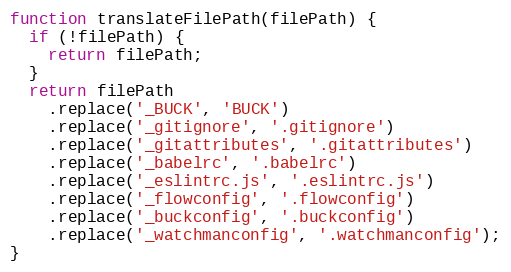
Language: JavaScript
function translateFilePath(filePath) {
  if (!filePath) {
    return filePath;
  }
  return filePath
    .replace('_BUCK', 'BUCK')
    .replace('_gitignore', '.gitignore')
    .replace('_gitattributes', '.gitattributes')
    .replace('_babelrc', '.babelrc')
    .replace('_eslintrc.js', '.eslintrc.js')
    .replace('_flowconfig', '.flowconfig')
    .replace('_buckconfig', '.buckconfig')
    .replace('_watchmanconfig', '.watchmanconfig');
}